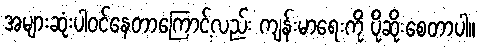
အများဆုံးပါဝင်နေတာကြောင့်လည်း ကျန်းမာရေးကို ပိုဆိုးစေတာပါ။